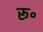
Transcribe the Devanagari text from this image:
रू॰